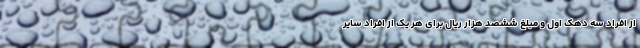
از افراد سه دهک اول و مبلغ ششصد هزار ریال برای هر یک از افراد سایر